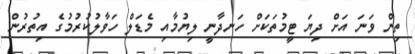
ތިން ވަނަ އަށް ދިޔަ ޓީމުތަކަށް ހަނދާނީ ލިޔުމާއި މެޑަލް ހަވާލުކުރުމުގެ އިތުރުން